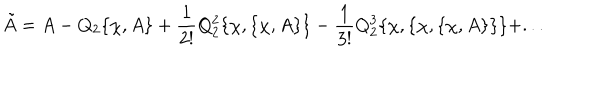
LaTeX: \tilde { A } = A - Q _ { 2 } \{ \chi , A \} + { \frac { 1 } { 2 ! } } Q _ { 2 } ^ { 2 } \{ \chi , \{ \chi , A \} \} - { \frac { 1 } { 3 ! } } Q _ { 2 } ^ { 3 } \{ \chi , \{ \chi , \{ \chi , A \} \} \} + . . .